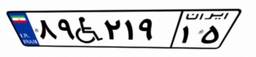
۸۹W۲۱۹۱۵